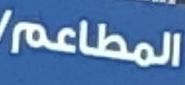
المطاعم